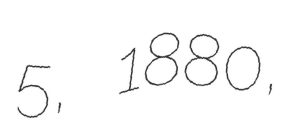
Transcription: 5, 1880,